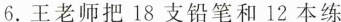
6.王老师把18支铅笔和12本